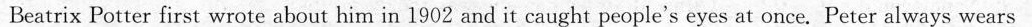
Beatrix Potter first wrote about him in 1902 and it caught people's eyes at once. Peter always wears